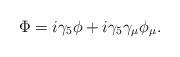
LaTeX: \begin{align*}\Phi = i \gamma_{5} \phi + i \gamma_{5} \gamma_{\mu} \phi_{\mu} .\end{align*}